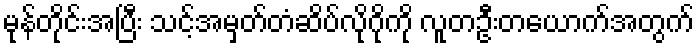
မုန်တိုင်းအပြီး သင့်အမှတ်တံဆိပ်လိုဂိုကို လူတဦးတယောက်အတွက်